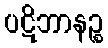
ပဋိဘာနဉ္စ